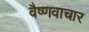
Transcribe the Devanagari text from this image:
वैष्णवाचार